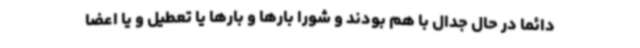
دائما در حال جدال با هم بودند و شورا بارها و بارها یا تعطیل و یا اعضا